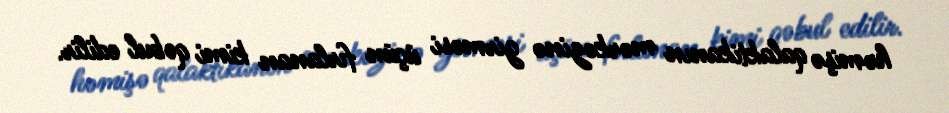
həmişə qalaktikanın mərkəzinə girməsi üçün fırlanan kimi qəbul edilir.